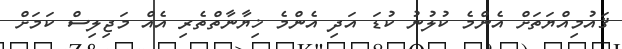
ޤައުމިއްޔަތަށް އެންމެ ކުލުނު ކުޑަ އަދި އެންމެ ޚިޔާނާތްތެރި އެއް މަޖިލިސް ކަމަށް